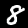
Label: 8